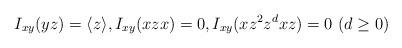
LaTeX: \begin{align*}I_{xy}(yz) = \langle z \rangle, I_{xy}(xzx) = 0,I_{xy}(x z^2 z^d x z) = 0\ (d\geq 0)\end{align*}